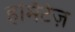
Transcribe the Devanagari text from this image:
हर्मिटेज़